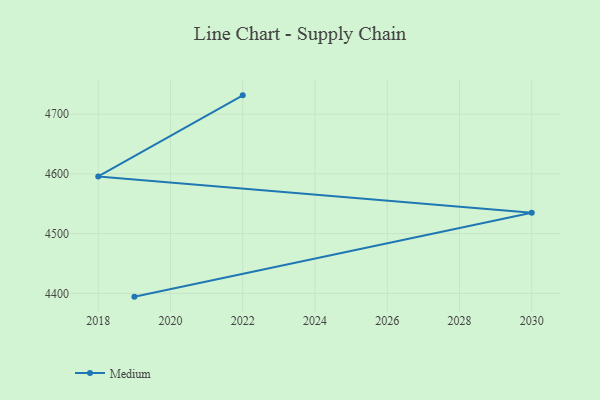
{"axis": {"x": "Year", "y": "Customer Acquisition Cost (USD)"}, "legend": ["Medium"], "data": [{"x": "2019", "y": 4394.4, "type": "Medium"}, {"x": "2030", "y": 4534.9, "type": "Medium"}, {"x": "2018", "y": 4595.7, "type": "Medium"}, {"x": "2022", "y": 4731.4, "type": "Medium"}]}